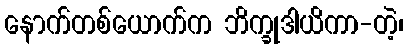
နောက်တစ်ယောက်က ဘိက္ခုဒါယိကာ-တဲ့၊